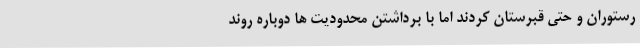
رستوران و حتی قبرستان کردند اما با برداشتن محدودیت ها دوباره روند